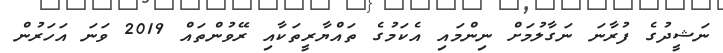
ނަޝީދުގެ ފުރާނަ ނަގާލުމަށް ނިންމައި އެކަމުގެ ތައްޔާރީތަކާއި ރޭވުންތައް 2019 ވަނަ އަހަރުން